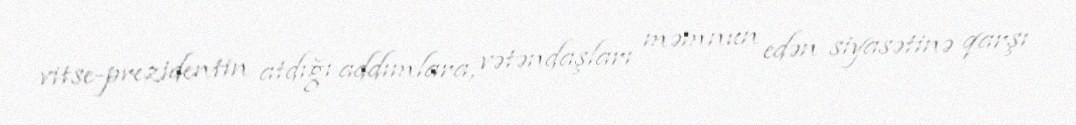
vitse-prezidentin atdığı addımlara, vətəndaşları məmnun edən siyasətinə qarşı